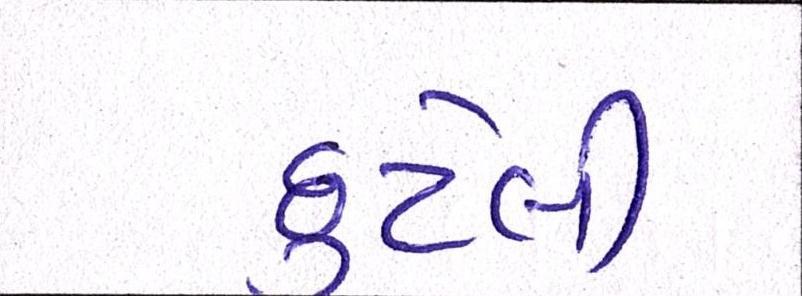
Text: છુટેલી